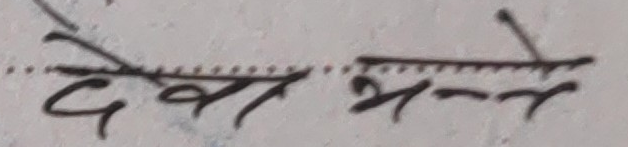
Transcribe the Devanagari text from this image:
देख भन्ने